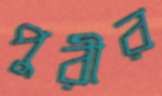
পুরীর